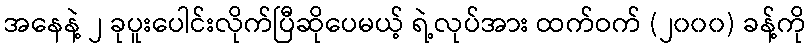
အနေနဲ့ ၂ ခုပူးပေါင်းလိုက်ပြီဆိုပေမယ့် ရဲ့လုပ်အား ထက်ဝက် (၂၀၀၀) ခန့်ကို